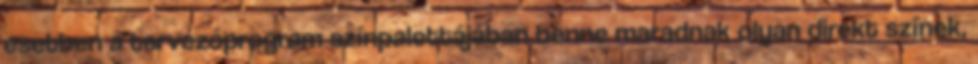
esetben a tervezőprogram színpalettájában benne maradnak olyan direkt színek,